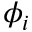
\phi _ { i }